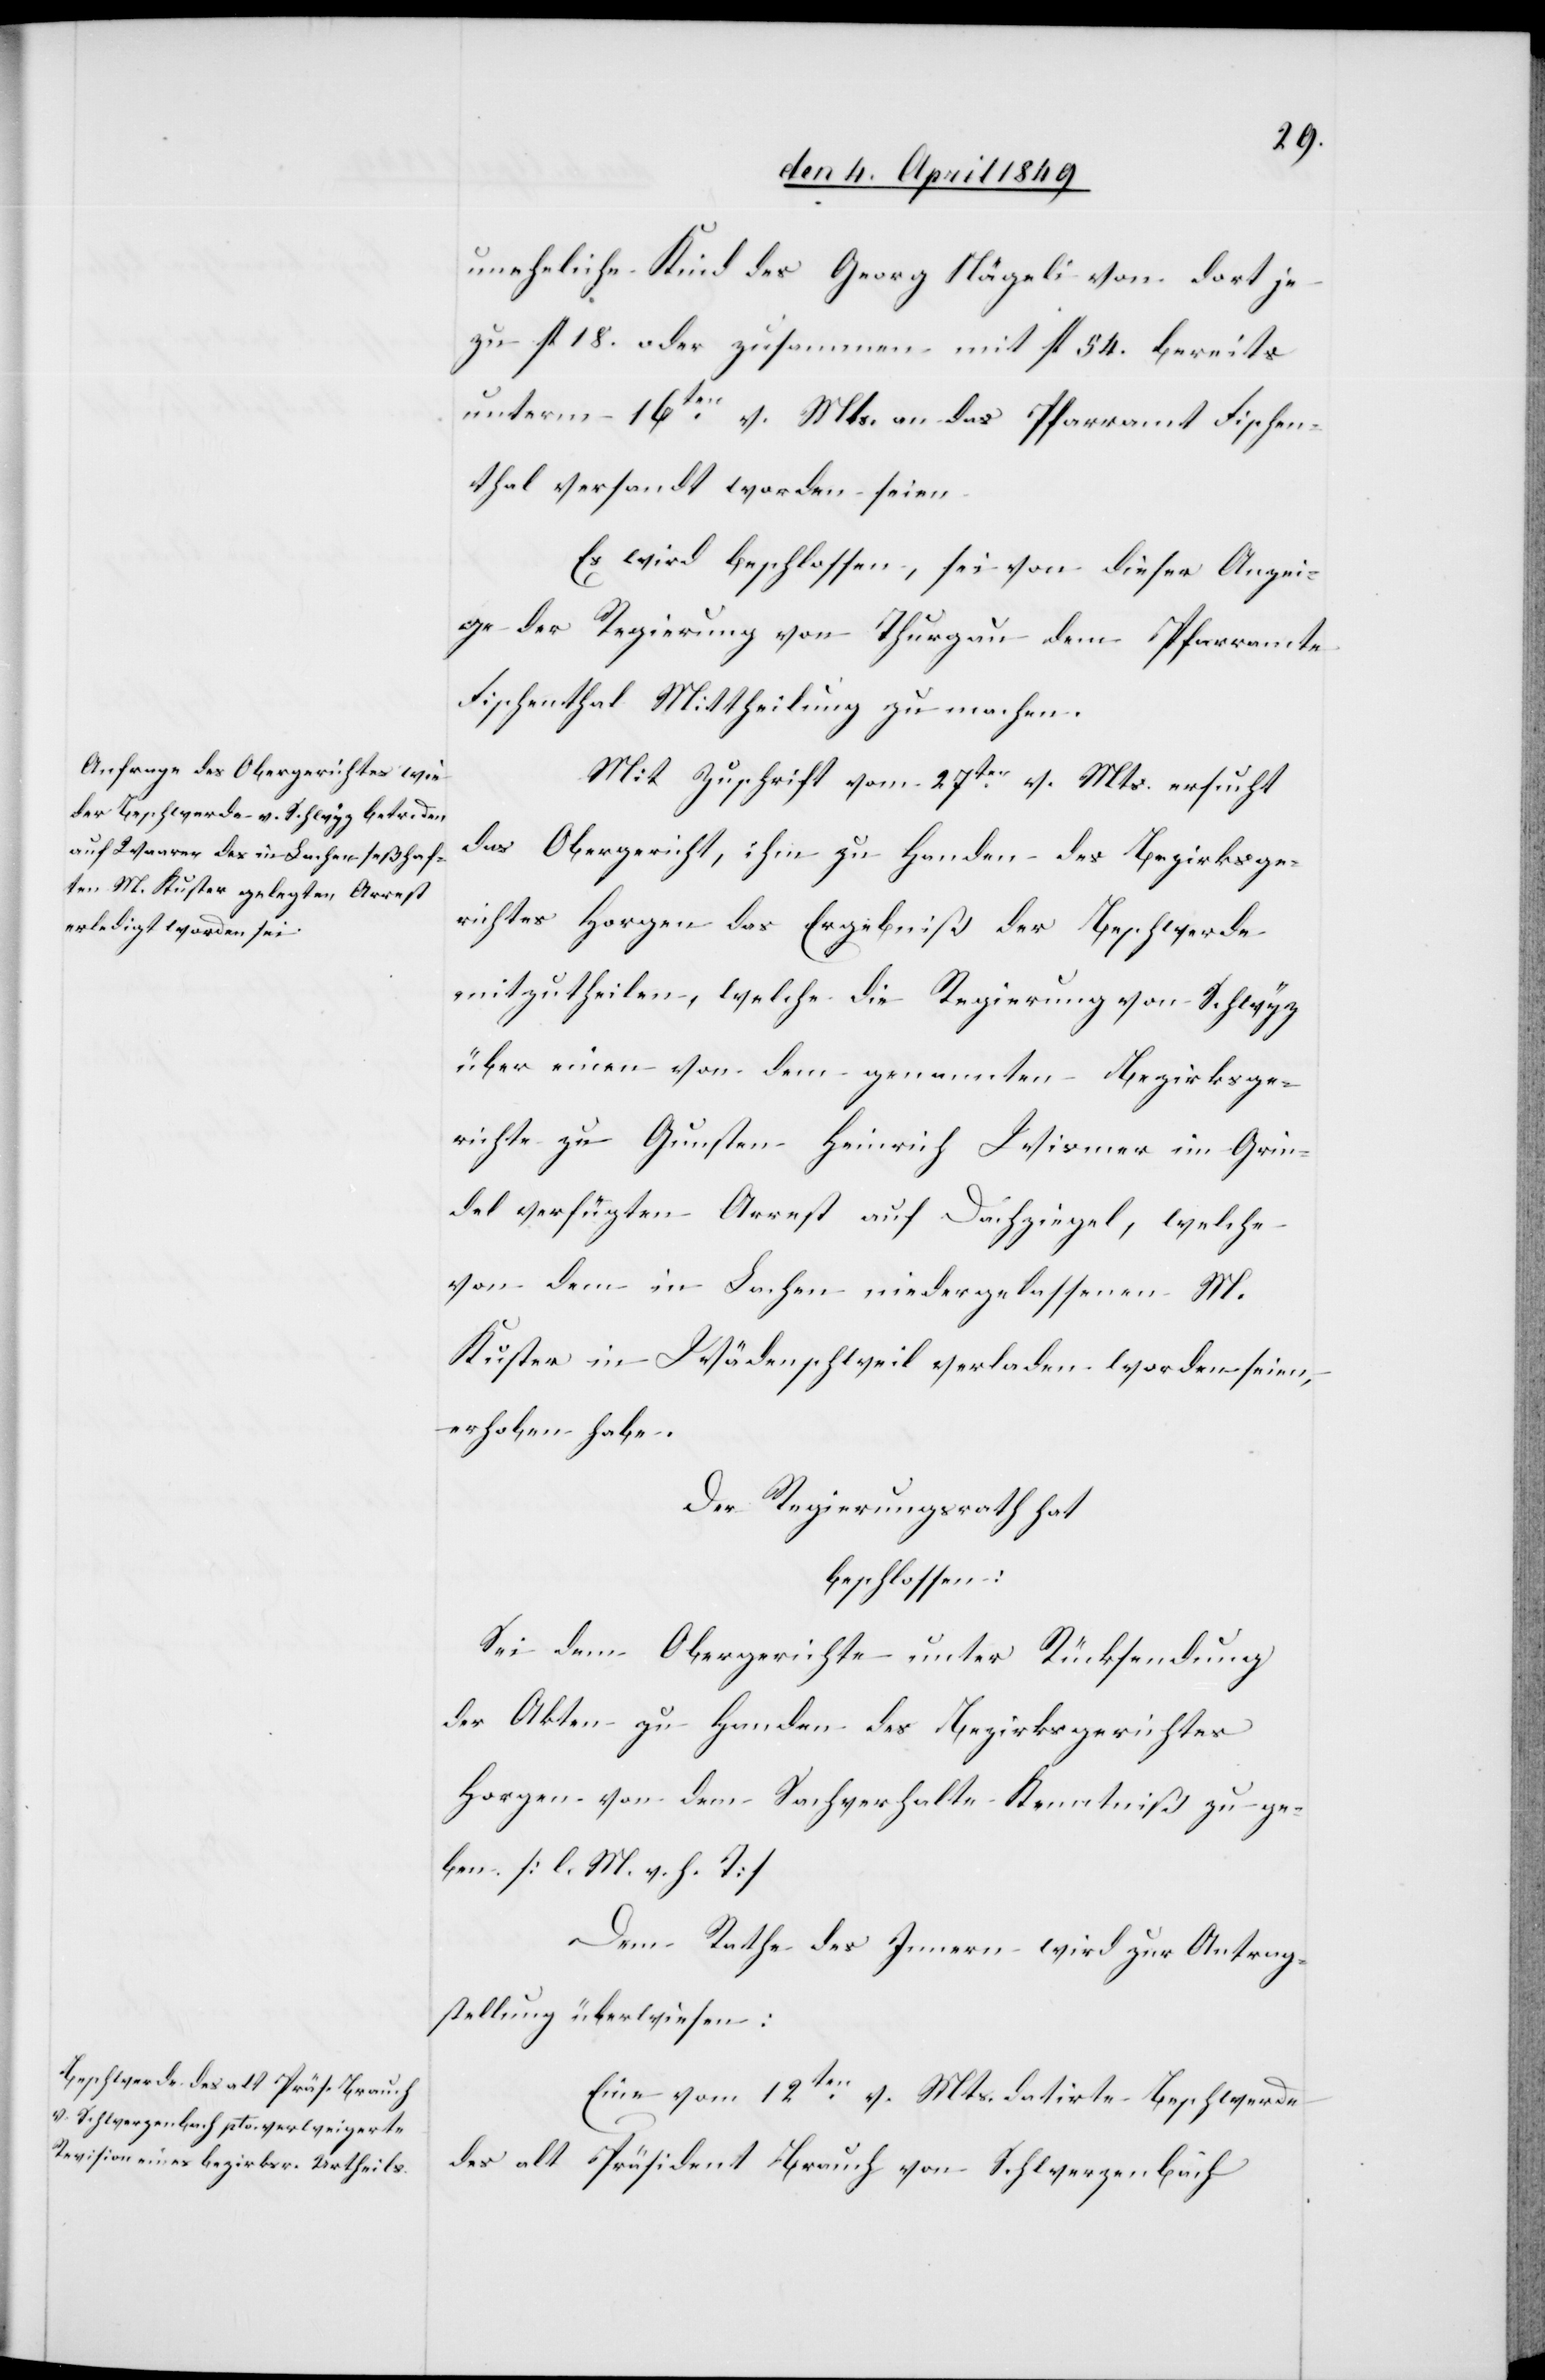
uneheliche Kind des Georg Nägeli von dort je
zu fl. 18. oder zusammen mit fl. 54. bereits
unterm 16ten v. Mts. an das Pfarramt Fischen¬
thal versandt worden seien.
Es wird beschlossen, sei von dieser Anzei¬
ge der Regierung von Thurgau dem Pfarramte
Fischenthal Mittheilung zu machen.
Mit Zuschrift vom 27ten v. Mts. versucht
das Obergericht, ihm zu Handen des Bezirksge¬
richtes Horgen das Ergebniß der Beschwerde
mitzutheilen, welche die Regierung von Schwyz
über einen von dem genannten Bezirksge¬
richte zu Gunsten Heinrich Wismer im Grin¬
del verfügten Arrest auf Dachziegel, welche
von dem in Lachen niedergelassenen M.
Kuster in Wädenschweil verladen worden seien,
erhoben habe.
Der Regierungsrath hat
beschlossen:
Sei dem Obergerichte unter Rücksendung
der Akten zu Handen des Bezirksgerichtes
Horgen von dem Sachverhalte Kenntniß zu ge¬
ben [l. M. h. T][.]
Dem Rathe des Innern wird zur Antrag¬
stellung überwiesen:
Eine vom 12ten v. Mts. datirte Beschwerde
des alt Präsident Brauch von Schwerzenbach